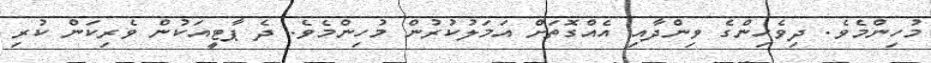
މުހިންމެވެ. ދިވެހިންގެ ވިންދާއި އެއްގޮތަށް އަމަލުކުރުން މުހިންމެވެ. ދެ ޕާޓީއަކުން ވެރިކަން ކުރި